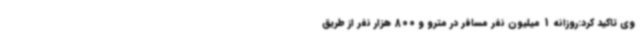
وی تاکید کرد:روزانه 1 میلیون نفر مسافر در مترو و 800 هزار نفر از طریق